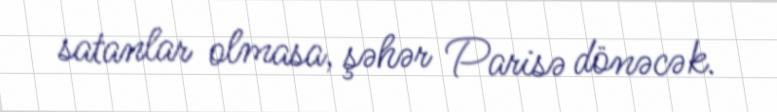
satanlar olmasa, şəhər Parisə dönəcək.